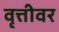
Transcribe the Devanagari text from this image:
वृत्तीवर